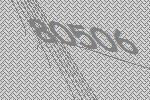
80506